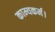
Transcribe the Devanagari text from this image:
काम्यकर्म।